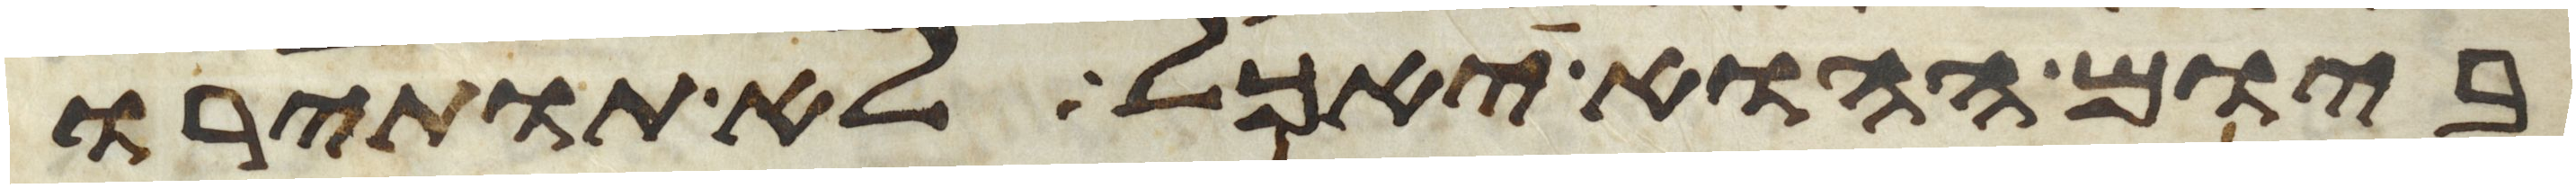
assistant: ביום ההוא יאכל לא תותירו